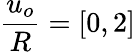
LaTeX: \frac{u_{o}}{R}=[0,2]